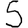
Digit: 5